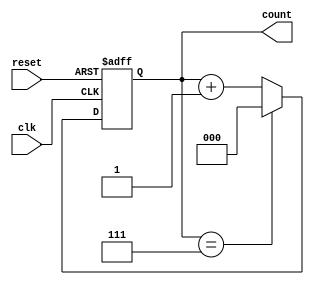
module mod_n_async_counter #(
    parameter N = 8 // Change this value for different Modulus (N)
) (
    input wire clk,
    input wire reset,
    output reg [2:0] count // Adjust the size based on N
);

// Local parameter to calculate the number of bits required
localparam COUNTER_BITS = $clog2(N);

// Asynchronous reset and counter logic
always @(posedge clk or posedge reset) begin
    if (reset) begin
        count <= 0; // Asynchronous reset to 0
    end else begin
        if (count == N-1) begin
            count <= 0; // Wrap around to 0 when max count is reached
        end else begin
            count <= count + 1; // Increment the count
        end
    end
end

endmodule